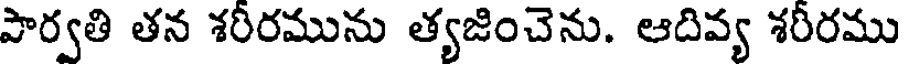
పార్వతి తన శరీరమును త్యజించెను. ఆదివ్య శరీరము